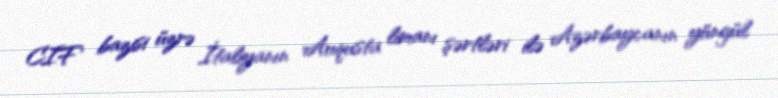
CIF bazisi üzrə İtaliyanın Auqusta limanı şərtləri ilə Azərbaycanın yüngül